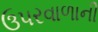
ઉપરવાળાની